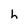
Character: h